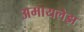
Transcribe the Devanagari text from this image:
अमायलेझ